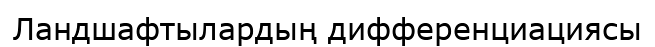
Ландшафтылардың дифференциациясы